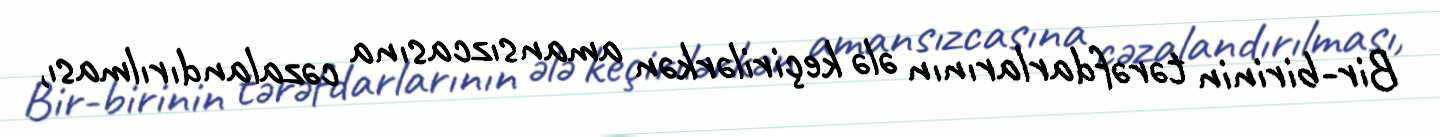
Bir-birinin tərəfdarlarının ələ keçirilərkən amansızcasına cəzalandırılması,